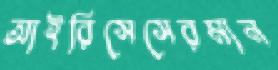
আইরিসেসেরমান